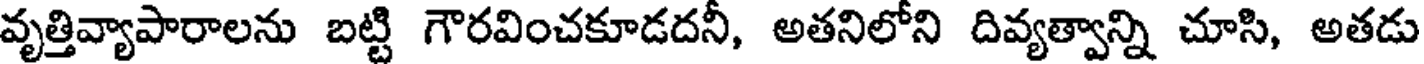
వృత్తివ్యాపారాలను బట్టి గౌరవించకూడదనీ, అతనిలోని దివ్యత్వాన్ని చూసి, అతడు